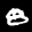
Label: 8